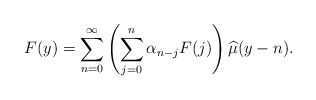
\begin{align*}F(y)=\sum_{n=0}^{\infty}\left(\sum_{j=0}^{n}\alpha_{n-j}F(j)\right)\widehat{\mu}(y-n).\end{align*}